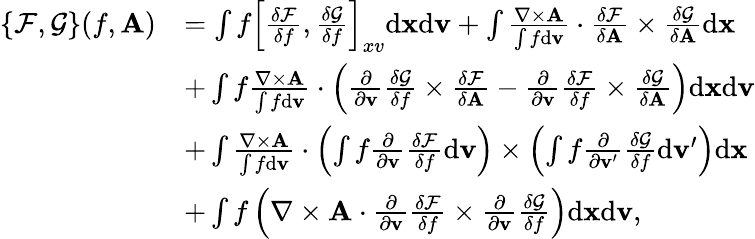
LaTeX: \begin{array}{rl}{\{ \mathcal{F},\mathcal{G}\} (f,{\mathbf A})}&{=\int f\left[\frac{\delta\mathcal{F}}{\delta f},\frac{\delta\mathcal{G}}{\delta f}\right]_{xv}\mathrm{d}{\mathbf x}\mathrm{d}{\mathbf v}+\int\frac{\nabla\times{\mathbf A}}{\int f\mathrm{d}{\mathbf v}}\cdot\frac{\delta\mathcal{F}}{\delta{\mathbf A}}\times\frac{\delta\mathcal{G}}{\delta{\mathbf A}}\mathrm{d}{\mathbf x}}\\ &{+\int f\frac{\nabla\times{\mathbf A}}{\int f\mathrm{d}{\mathbf v}}\cdot\left(\frac{\partial}{\partial{\mathbf v}}\frac{\delta\mathcal{G}}{\delta f}\times\frac{\delta\mathcal{F}}{\delta{\mathbf A}}-\frac{\partial}{\partial{\mathbf v}}\frac{\delta\mathcal{F}}{\delta f}\times\frac{\delta\mathcal{G}}{\delta{\mathbf A}}\right)\mathrm{d}{\mathbf x}\mathrm{d}{\mathbf v}}\\ &{+\int\frac{\nabla\times{\mathbf A}}{\int f\mathrm{d}{\mathbf v}}\cdot\left(\int f\frac{\partial}{\partial{\mathbf v}}\frac{\delta\mathcal{F}}{\delta f}\mathrm{d}{\mathbf v}\right)\times\left(\int f\frac{\partial}{\partial{\mathbf v}^{\prime}}\frac{\delta\mathcal{G}}{\delta f}\mathrm{d}{\mathbf v}^{\prime}\right)\mathrm{d}{\mathbf x}}\\ &{+\int f\left(\nabla\times{\mathbf A}\cdot\frac{\partial}{\partial{\mathbf v}}\frac{\delta\mathcal{F}}{\delta f}\times\frac{\partial}{\partial{\mathbf v}}\frac{\delta\mathcal{G}}{\delta f}\right)\mathrm{d}{\mathbf x}\mathrm{d}{\mathbf v},}\end{array}